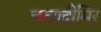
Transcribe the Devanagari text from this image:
वलादीमिर